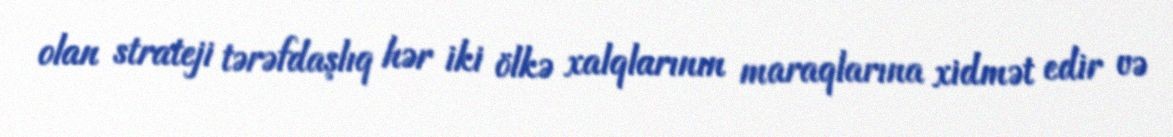
olan strateji tərəfdaşlıq hər iki ölkə xalqlarının maraqlarına xidmət edir və